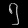
Digit: ၅